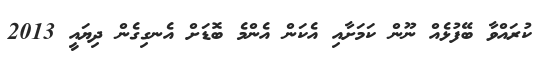
ކުރައްވާ ބޭފުޅެއް ނޫން ކަމަށާއި އެކަން އެންމެ ބޮޑަށް އެނގިގެން ދިޔައީ 2013